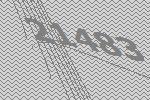
21483